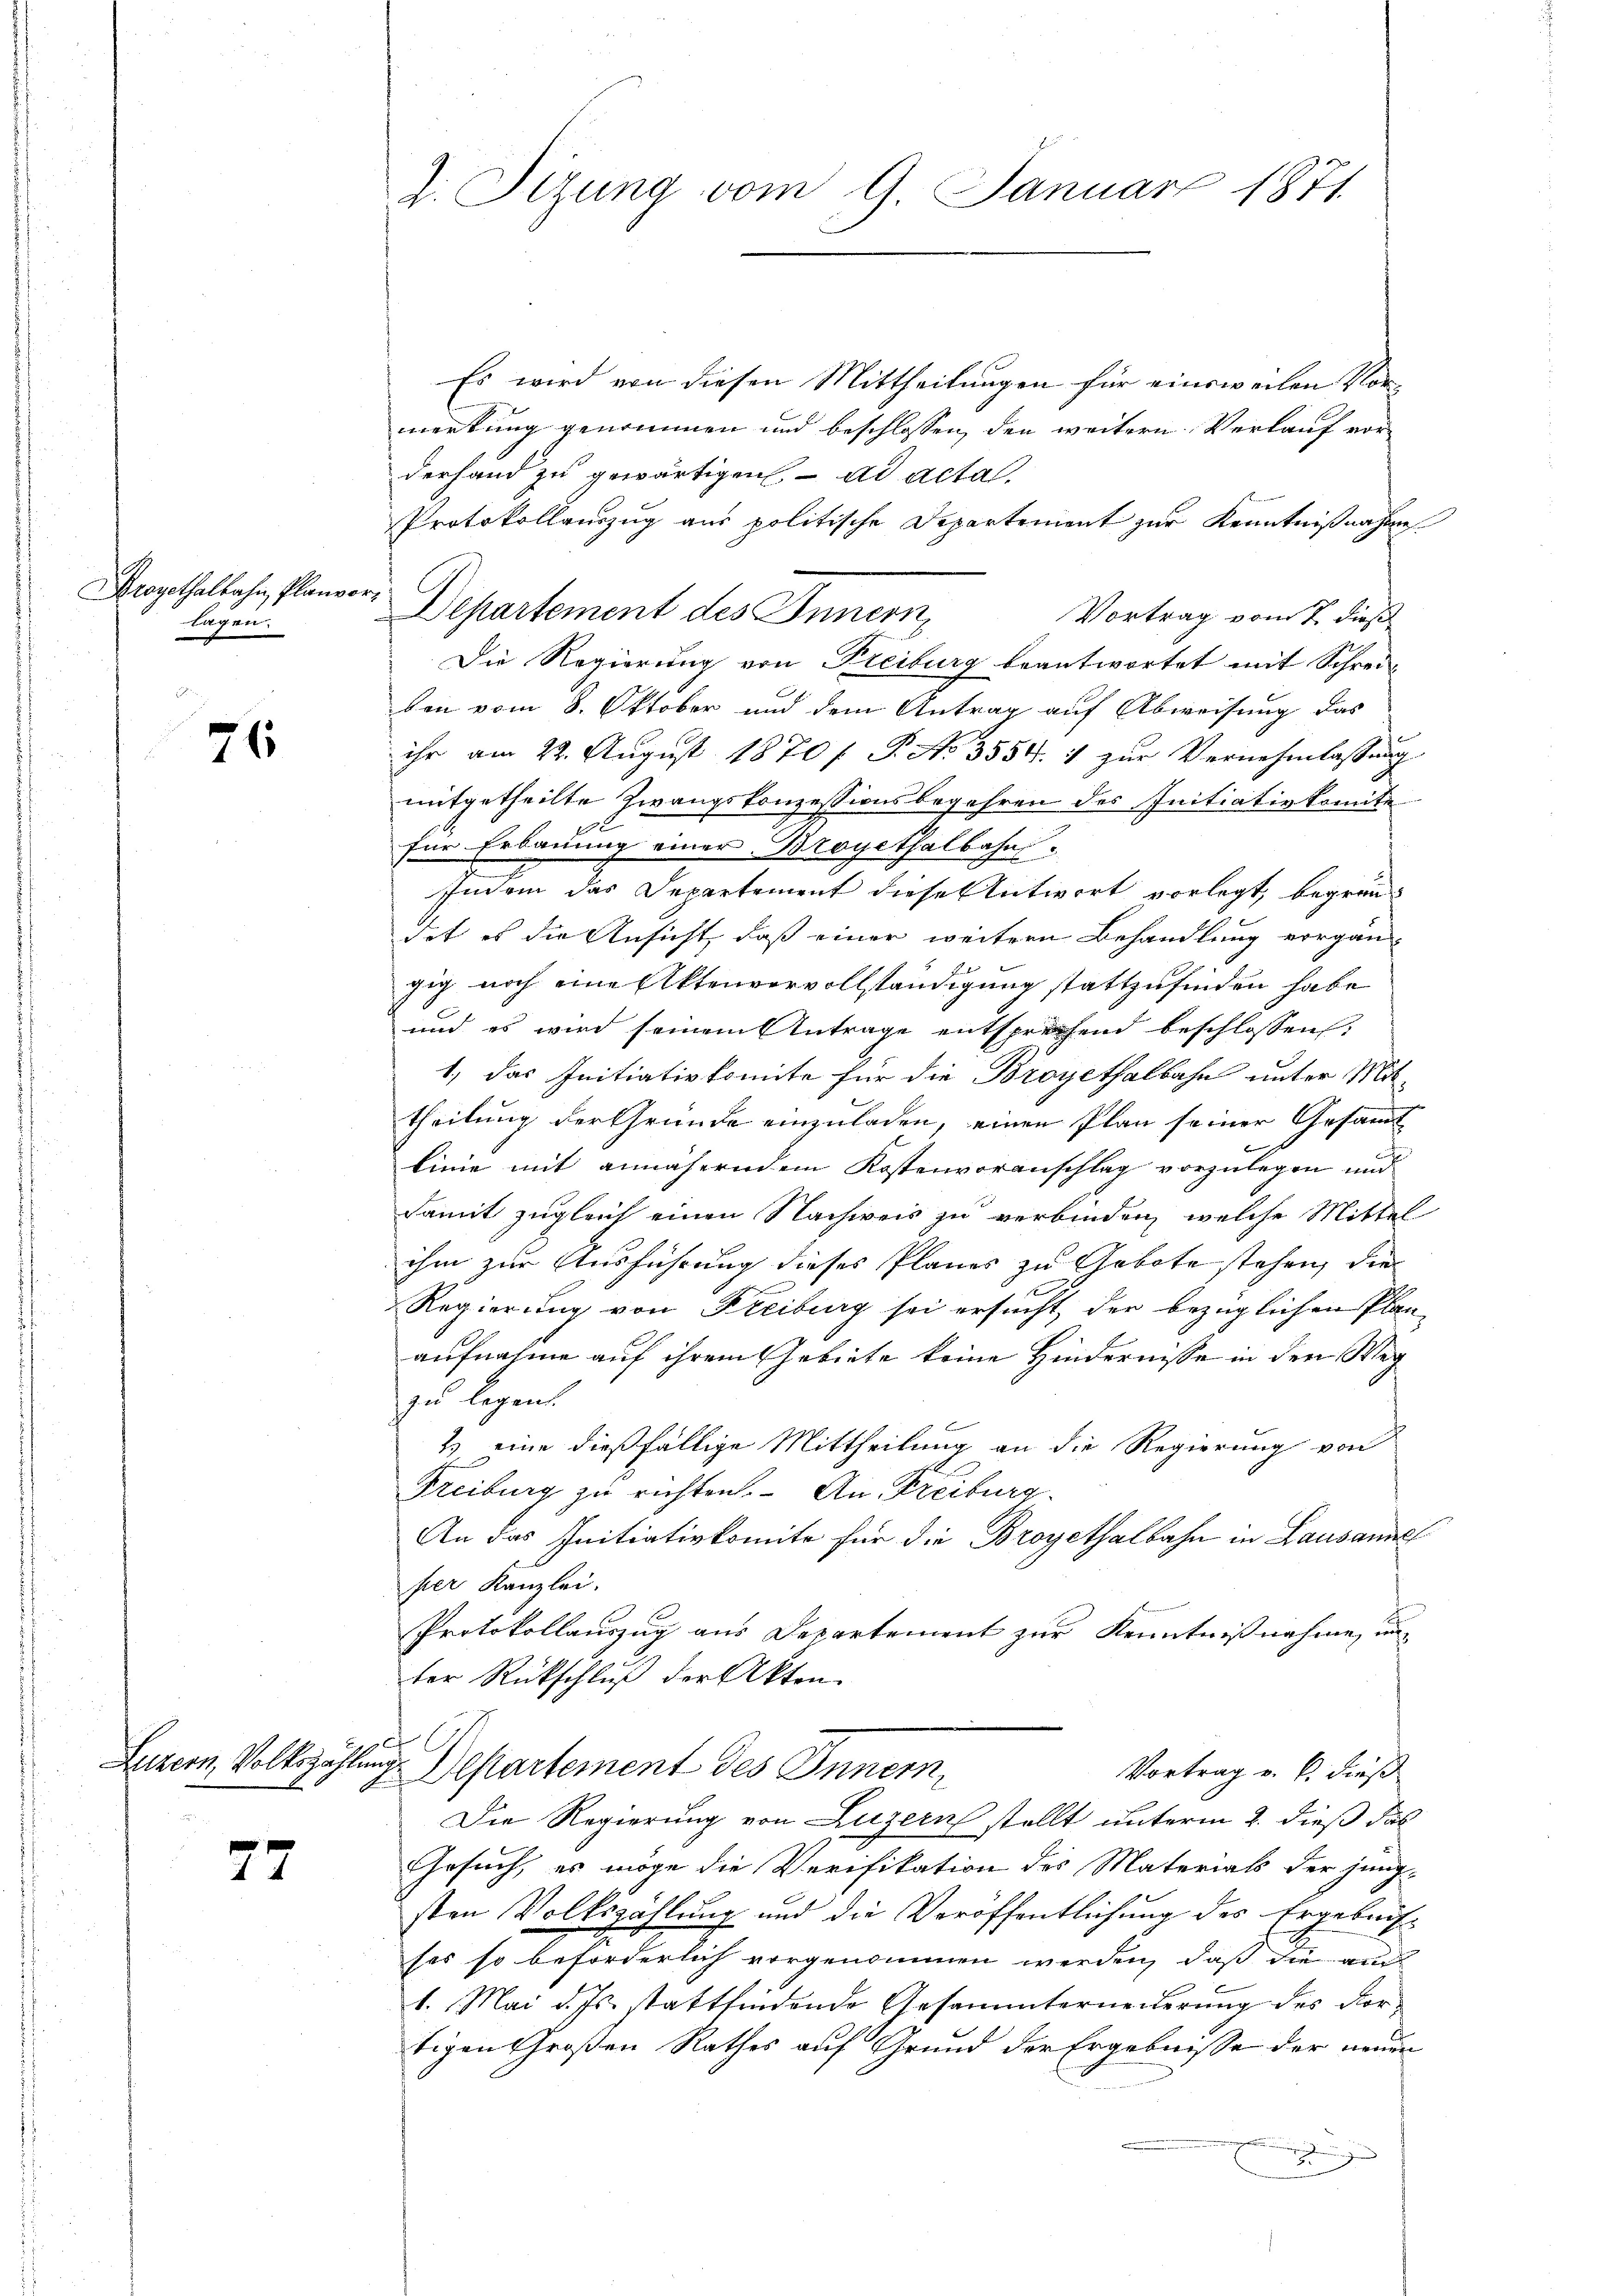
Drogethalbahn, Planvo
lagen.

76

Luzern, Volkszählung

77

Es wird von diesen Mittheilungen für einsweilen Vormerkung genommen und beschlossen, den weitern Verlauf vorderhand zu gewärtigen ad acta,
Protokollauszug aus politische Departement zur Kenntnißnahme
Departement des Innern,
Vortrag vom 7. dieß
Die Regierung von Freiburg beantwortet mit Schrei-
ken vom 8. Oktober und dem Antrag auf Abweisung das
ihr am 22. August 1870 f. P. No 3554. 1 zur Vernehmlassung
mitgetheilte Zwangskonzessionsbegehren des Initiativkomite
1
für Erbauung einer Brogethalbahn.
Indem das Departement diese Antwort vorlegt, begründet es die Ansicht, daß einer weitern Behandlung vorgan-
zig noch eine Aktenvervollständigung stattzufinden habe
und es wird seinem Antrage entsprechend beschlossen,
1) das Initiativkomite für die Broyethalbahn unter Mit-
theilung der Gründe einzuladen, einen Plan seiner Gesammt
linie mit annäherndem Kostenvoranschlag vorzulegen und
damit zugleich einen Nachweis zu verbinden, welche Mittel
ihm zur Ausführung dieses Planes zu Gebote stehen, die
Regierung von Freiburg sei ersucht, der bezüglichen Planaufnahme auf ihrem Gebiete keine Hindernisse in den Weg
zu legen.
2) eine dießfällige Mittheilung an die Regierung von
Freiburg zu richten. An Freiburg.
An das Initiativkomite für die Broyethalbahn in Lausanne
per Kanzlei.
Protokollauszug aus Departement zur Kenntnißnahme, un-
ter Rückschluß der Akten.
Departement des Innern,
Vortrag v. 6. dieß
Die Regierung von Luzern stellt unterm 2. dieß das
Gesuch, es möge die Verifikation des Materials der jung-
sten Volkszahlung und die Veröffentlichung des Ergebniss
ses so beförderlich vorgenommen werden, daß die and
1. Mai d. Js. stattfindende Gesammterneiderung des Vortigen Großen Rathes auf Grund der Ergebnisse der neuen

2. Sizung vom 9. Januar 1871

t